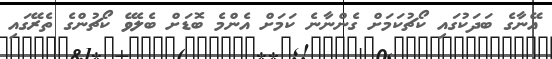
އޭނާގެ ބަދަކުގައި ކޯޗުކަމަށް ގެންނާނެ ކަމަށް އެންމެ ބޮޑަށް ބެލެވޭ ކޯޗުންގެ ތެރޭގައި